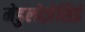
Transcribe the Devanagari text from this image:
मेडुलोज़ेसिई